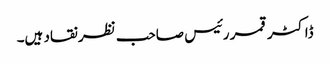
ڈاکٹر قمر رئیس صاحب نظر نقاد ہیں۔